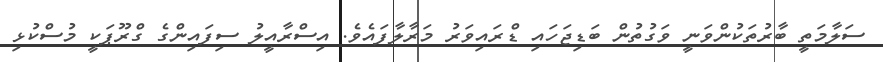
ސަލާމަތީ ބާރުތަކުންވަނީ ވަގުތުން ބަޑިޖަހައި ޑްރައިވަރު މަރާލާފައެވެ. އިސްރާއީލު ސިފައިންގެ ގްރޫޕަކީ މުސްކުޅި